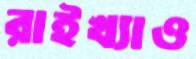
রাইখ্যাও